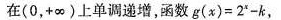
在(0，+∞)上单调递增，函数$$g ( x ) = 2 ^ { x } - k$$，